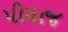
પીયાજ